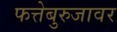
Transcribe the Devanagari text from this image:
फत्तेबुरुजावर